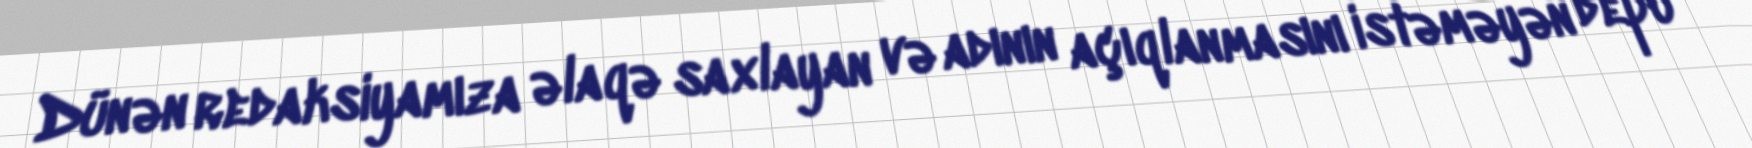
Dünən redaksiyamıza əlaqə saxlayan və adının açıqlanmasını istəməyən depo